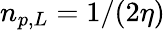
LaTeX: n_{p,L}=1/(2\eta)